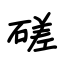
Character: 磋